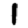
Digit: 1